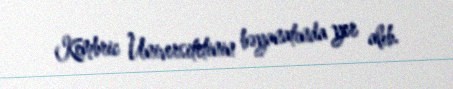
Kembric Universitetinin bəyanatında yer alıb.